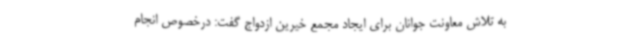
به تلاش معاونت جوانان برای ایجاد مجمع خیرین ازدواج گفت: درخصوص انجام